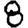
Digit: 8